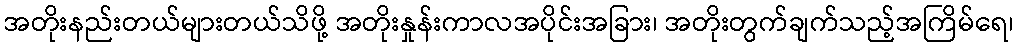
အတိုးနည်းတယ်များတယ်သိဖို့ အတိုးနှုန်းကာလအပိုင်းအခြား၊ အတိုးတွက်ချက်သည့်အကြိမ်ရေ၊